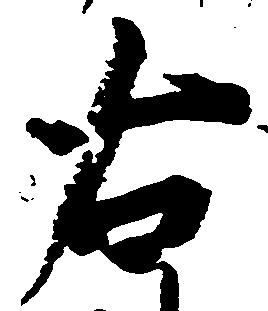
右